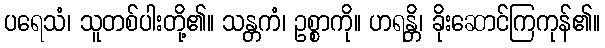
ပရေသံ၊ သူတစ်ပါးတို့၏။ သန္တကံ၊ ဥစ္စာကို။ ဟရန္တိ၊ ခိုးဆောင်ကြကုန်၏။